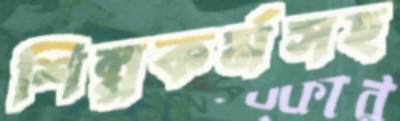
শিল্পকর্মসহ